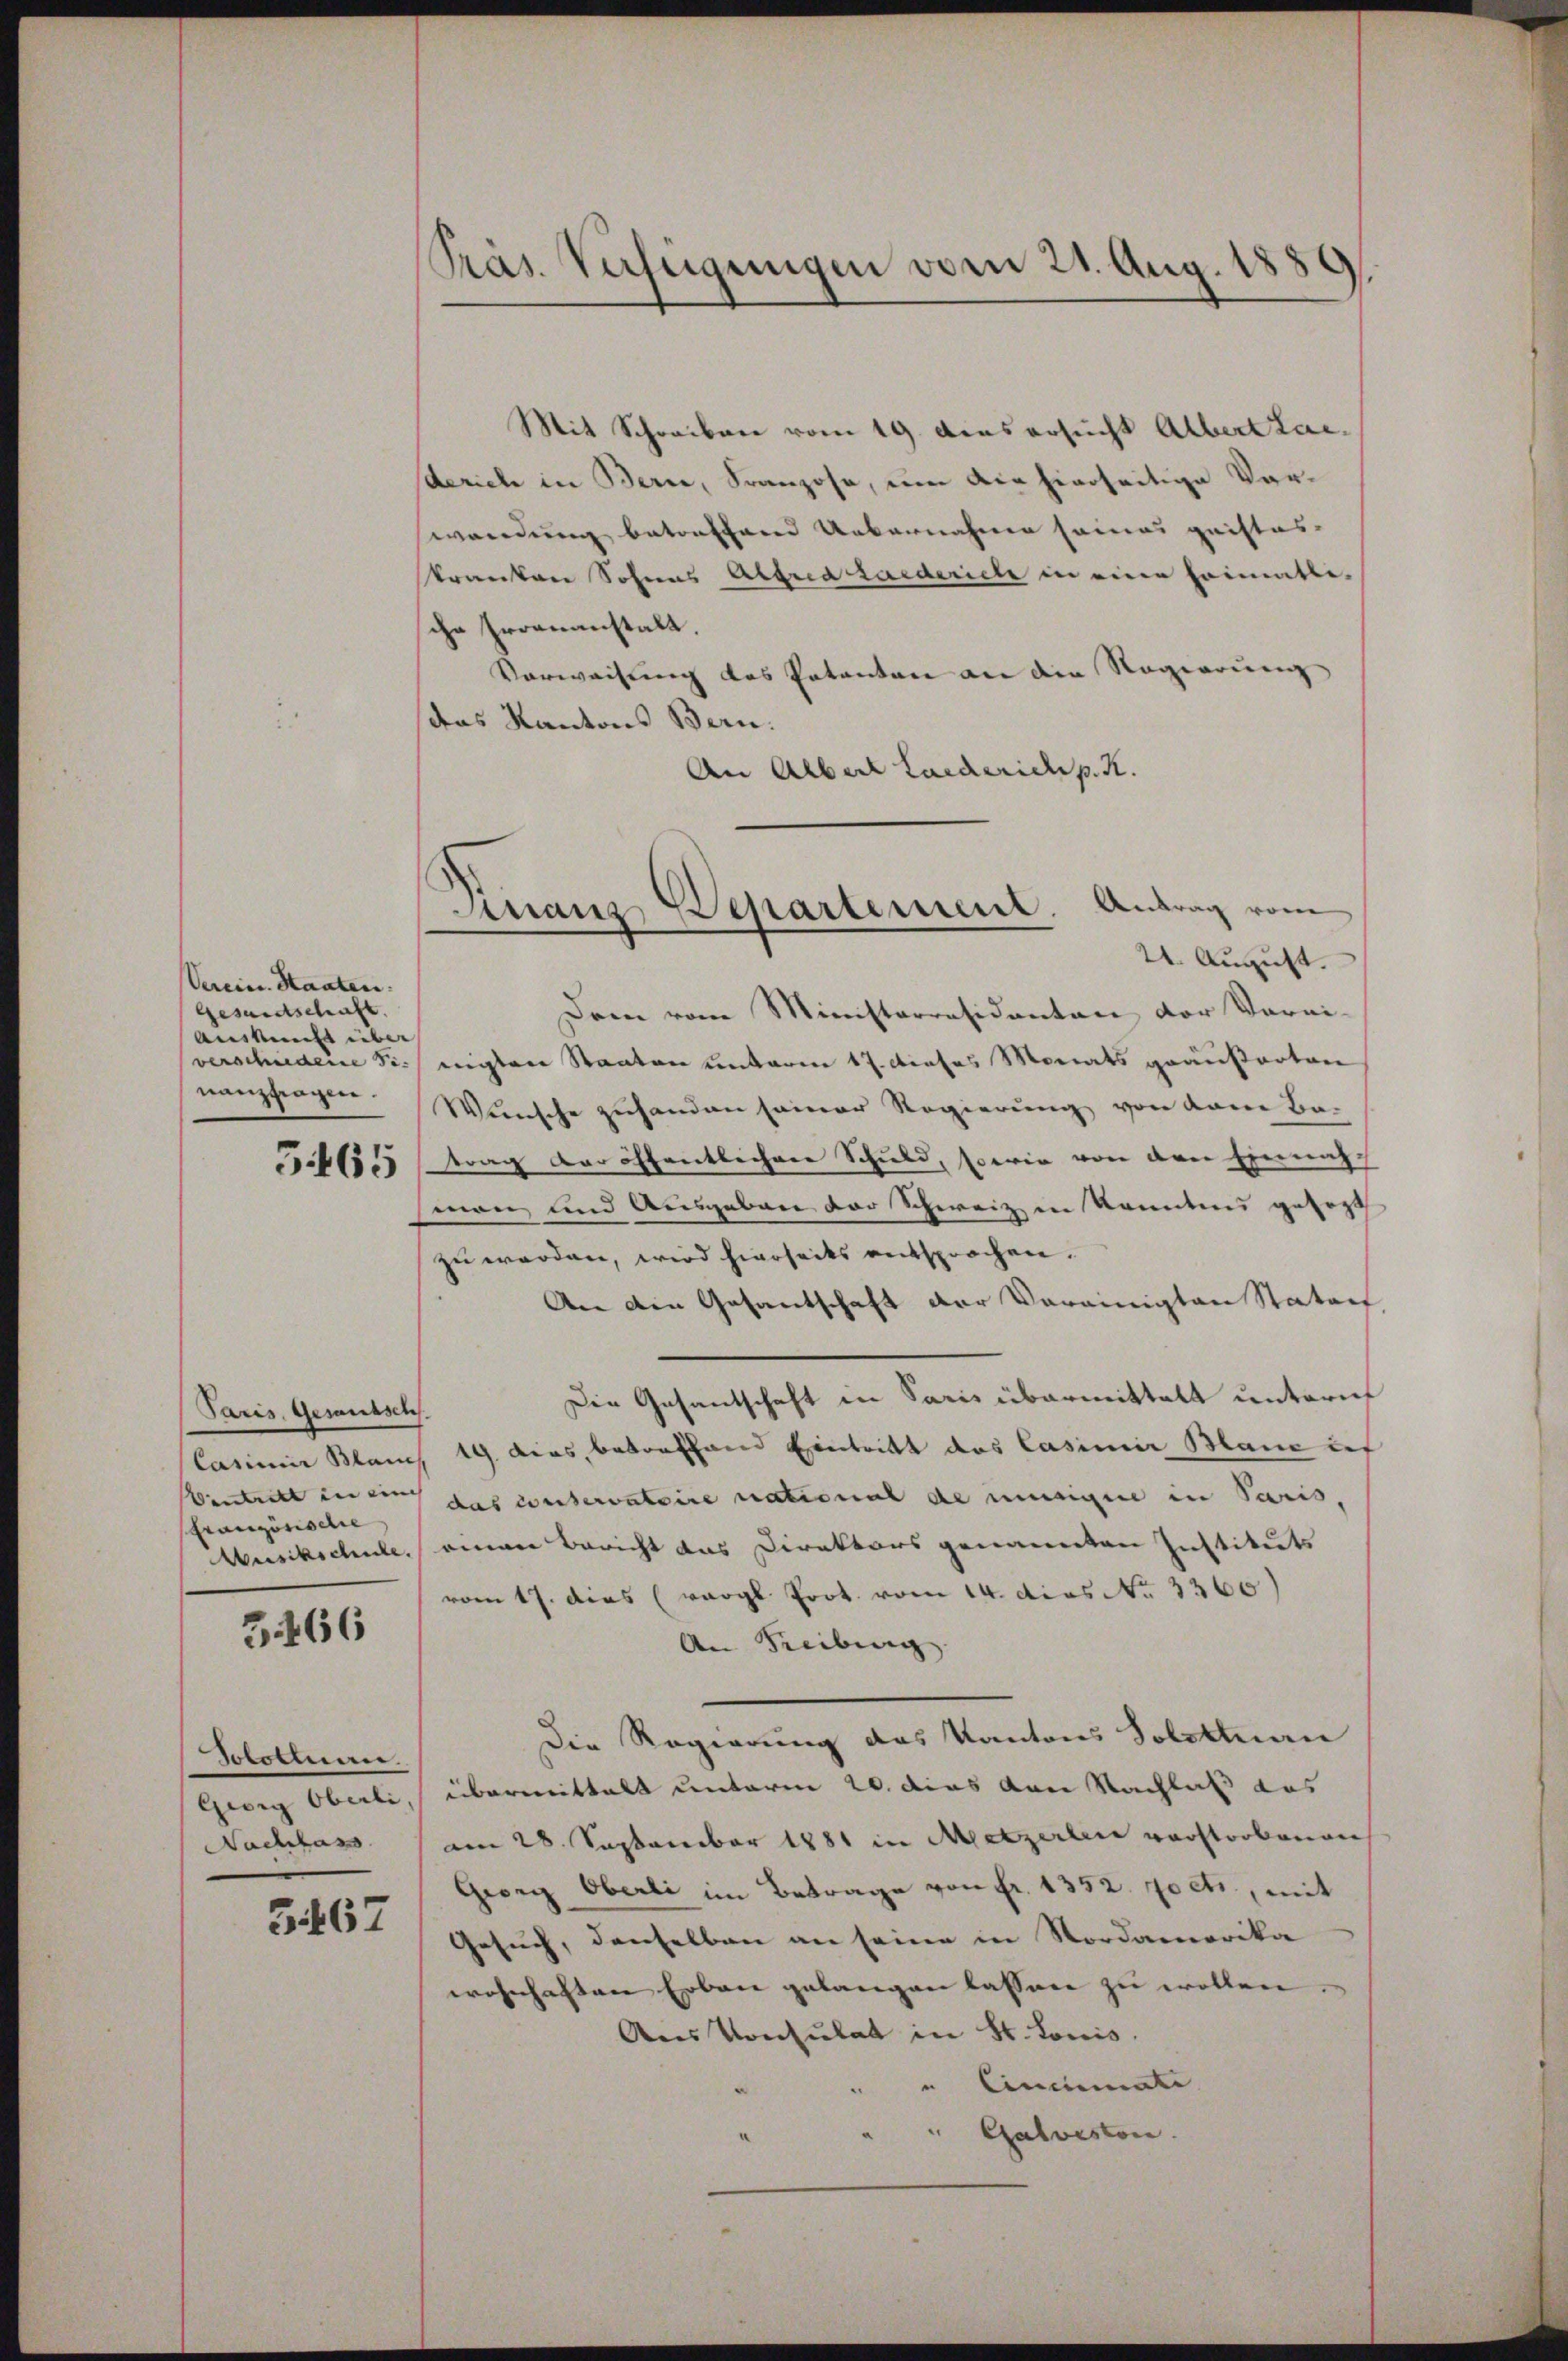
Verein. Staaten.
Gesandtschaft.
Auskunft über
verschiedene Se.
nanzfragen.

5465

Paris, Gesandsch
Französische

3466

Solotinen.
Gwig Oberli
Nachlass

5467

PPräs. Verfügungen vom 21. Aug. 1889.

Finanz Departement. Antrag vom

Mit Schreiben vom 19. Aus ersucht Albert Lac.
sderich in Berne, Franzose, um die hierseitige Vorwendung betreffend Uebernahmen seines quistos-
tranten Sohnes Abtria Laederiele in eine Primatbe-
che Errenanstalt.
Vorweisung des Patenten an die Regierung
das Kantons Bern.
An Alber Landerich p. K.
21. August.
Dem vom Ministerräsidenten vor Vorni-
nigten Staaten unterm 17. dieses Monats geäußerten
Wunsche zuhanden seiner Regierung von kam Ba-
trag der öffentlichere Schuld, sowie von den Einnah-
(man und Ausgeben der Schweiz in konntens gesagt
zu werden, wird hierseits entsprochen.
An den Gesantschaft der Vereinigten Stators
Die Gesandschaft in Paris übermittelt untern
Casimir Blanch 19. dies, betreffend Eintritt des Casimir Mann auf
Centritt in ein das conservatoire national de minnigen in Paris,
Musikschule, einen Bericht das Direktors genannten Instituts
vom 17. dies (vergl. Prot. vom 14. dies No. 3360)
An Freibung
Die Regierung des Kantons Solottuan
übermittelt unterm 20. dies von Nachlaß aus
am 28. September 1881 in Metzerlei verstorbenen
Georg Oberli im Betrage von fr. 1352. poeti, mit
Gesuch, denselben an seine in Nordamerika
wohnhaften Erbau gelangen lassen zu wollen.
Ans Konsulat in St. Louis
Cinnmate
"Galveston.